Indian journal of veterinary science and animal husbandry - Volume 11,
Year: 1941
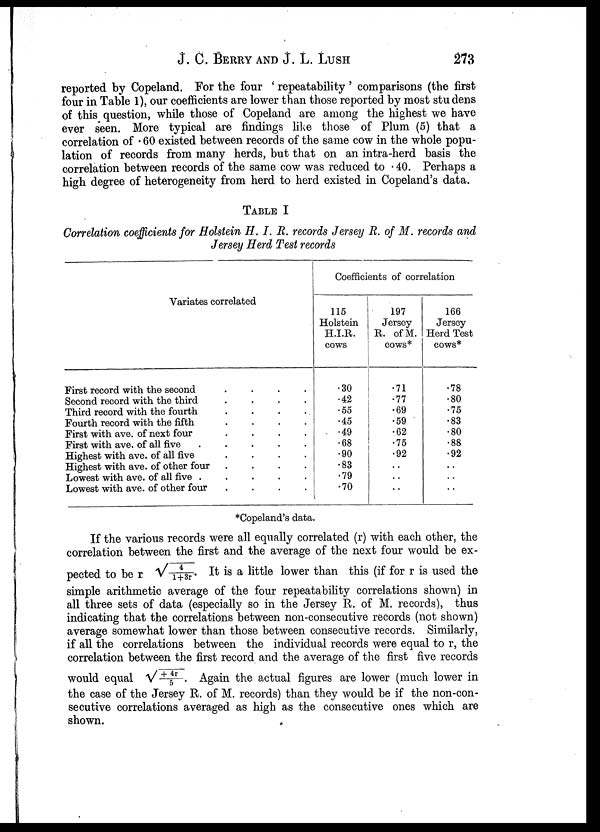
J. C. BERRY AND J. L. LUSH 273
reported by Copeland. For the four ' repeatability ' comparisons (the first
four in Table 1), our coefficients are lower than those reported by most studens
of this question, while those of Copeland are among the highest we have
ever seen. More typical are findings like those of Plum (5) that a
correlation of .60 existed between records of the same cow in the whole popu
lation of records from many herds, but that on an intra-herd basis the
correlation between records of the same cow was reduced to .40. Perhaps a
high degree of heterogeneity from herd to herd existed in Copeland's data.
TABLE I
Correlation coefficients for Holstein H. I. R. records Jersey R. of M. records and
Jersey Herd Test records
Variates correlated
First record with the second . . . .
Second record with the third . . . .
Third record with the fourth . . . .
Fourth record with the fifth . . . .
First with ave. of next four . . . .
First with ave. of all five . . . .
Highest with ave. of all five . . . .
Highest with ave. of other four . . . .
Lowest with ave. of all five . . . .
Lowest with ave. of other four . . . .
Coefficients of correlation
115
Holstein
H.I.R.
cows
.30
.42
.55
.45
.49
.68
.90
.83
.79
.70
197
R of M.
cows*
.71
.77
.69
.59
.62
.75
.92
. .
. .
. .
166
Jersey
.78
.80
.75
.83
.80
.88
.92
. .
. .
. .
*Copeland's data.
If the various records were all equally correlated (r) with each other, the
correlation between the first and the average of the next four would be ex
pected to be r √4/1+3r. It is a little lower than this (if for r is used the
simple arithmetic average of the four repeatability correlations shown) in
all three sets of data (especially so in the Jersey R. of M. records), thus
indicating that the correlations between non-consecutive records (not shown)
average somewhat lower than those between consecutive records. Similarly,
if all the correlations between the individual records were equal to r, the
correlation between the first record and the average of the first five records
would equal √+4r/5. Again the actual figures are lower (much lower in
the case of the Jersey R. of M. records) than they would be if the non-con
secutive correlations averaged as high as the consecutive ones which are
shown.